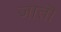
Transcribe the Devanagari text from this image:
जातॊ